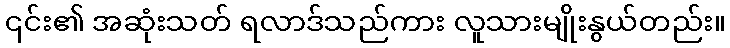
၎င်း၏ အဆုံးသတ် ရလာဒ်သည်ကား လူသားမျိုးနွယ်တည်း။